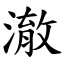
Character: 澈